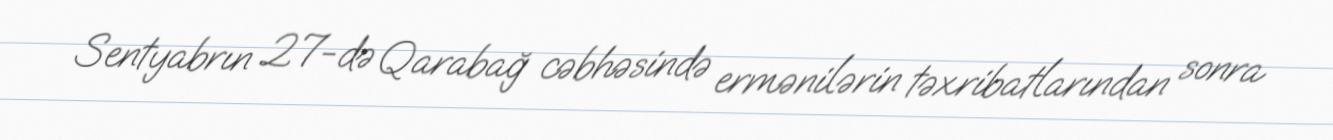
Sentyabrın 27-də Qarabağ cəbhəsində ermənilərin təxribatlarından sonra